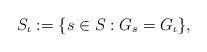
LaTeX: \begin{align*}S_\iota :=\{s\in S: G_s = G_\iota\},\end{align*}